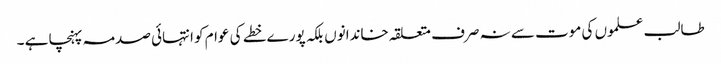
طالب علموں کی موت سے نہ صرف متعلقہ خاندانوں بلکہ پورے خطے کی عوام کو انتہائی صدمہ پہنچا ہے ۔